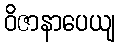
ဝိဇာနာပေယျ